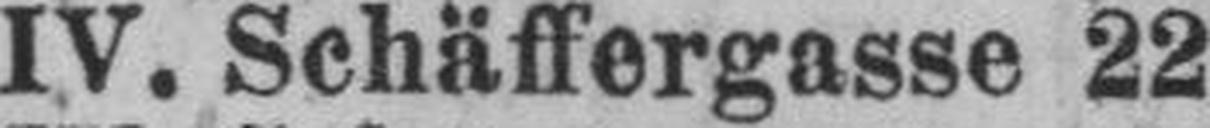
IV. Schäffergasse 22